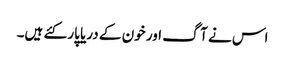
اس نے آگ اور خون کے دریا پار کئے ہیں۔